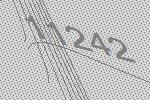
11242